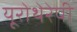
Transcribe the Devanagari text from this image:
यूरोथेरेपी